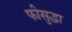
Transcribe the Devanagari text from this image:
फीसुद्धा